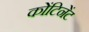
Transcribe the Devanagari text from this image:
कोंटिनेंट